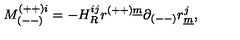
M _ { ( -- ) } ^ { ( + + ) i } = - H _ { R } ^ { i j } r ^ { ( + + ) \underline { { m } } } \partial _ { ( -- ) } r _ { \underline { { m } } } ^ { j } ,